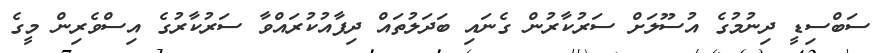
ސަބްސިޑީ ދިނުމުގެ އުސޫލަށް ސަރުކާރުން ގެނައި ބަދަލުތައް ދިފާއުކުރައްވާ ސަރުކާރުގެ އިސްވެރިން މީގެ